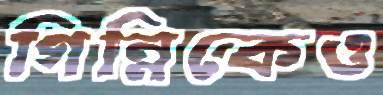
গিন্নিকেও